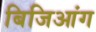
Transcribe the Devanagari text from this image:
बिजिआंग